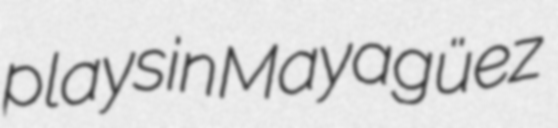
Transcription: plays in Mayagüez